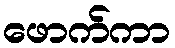
ဖောက်ကာ